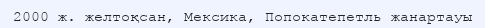
2000 ж. желтоқсан, Мексика, Попокатепетль жанартауы